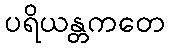
ပရိယန္တကတေ